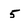
Character: 5